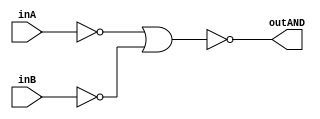
/* CSED273 lab1 experiment 2_i */
/* lab1_2_i.v */


/* Implement AND with {OR, NOT}
 * You are only allowed to wire modules together */
module lab1_2_i(outAND, inA, inB);
    output wire outAND;
    input wire inA, inB;

    ////////////////////////
    /* Add your code here */
    not(A1, inA);
    not(B1, inB);
    or(z, A1, B1);
    not(outAND, z);
    ////////////////////////

endmodule